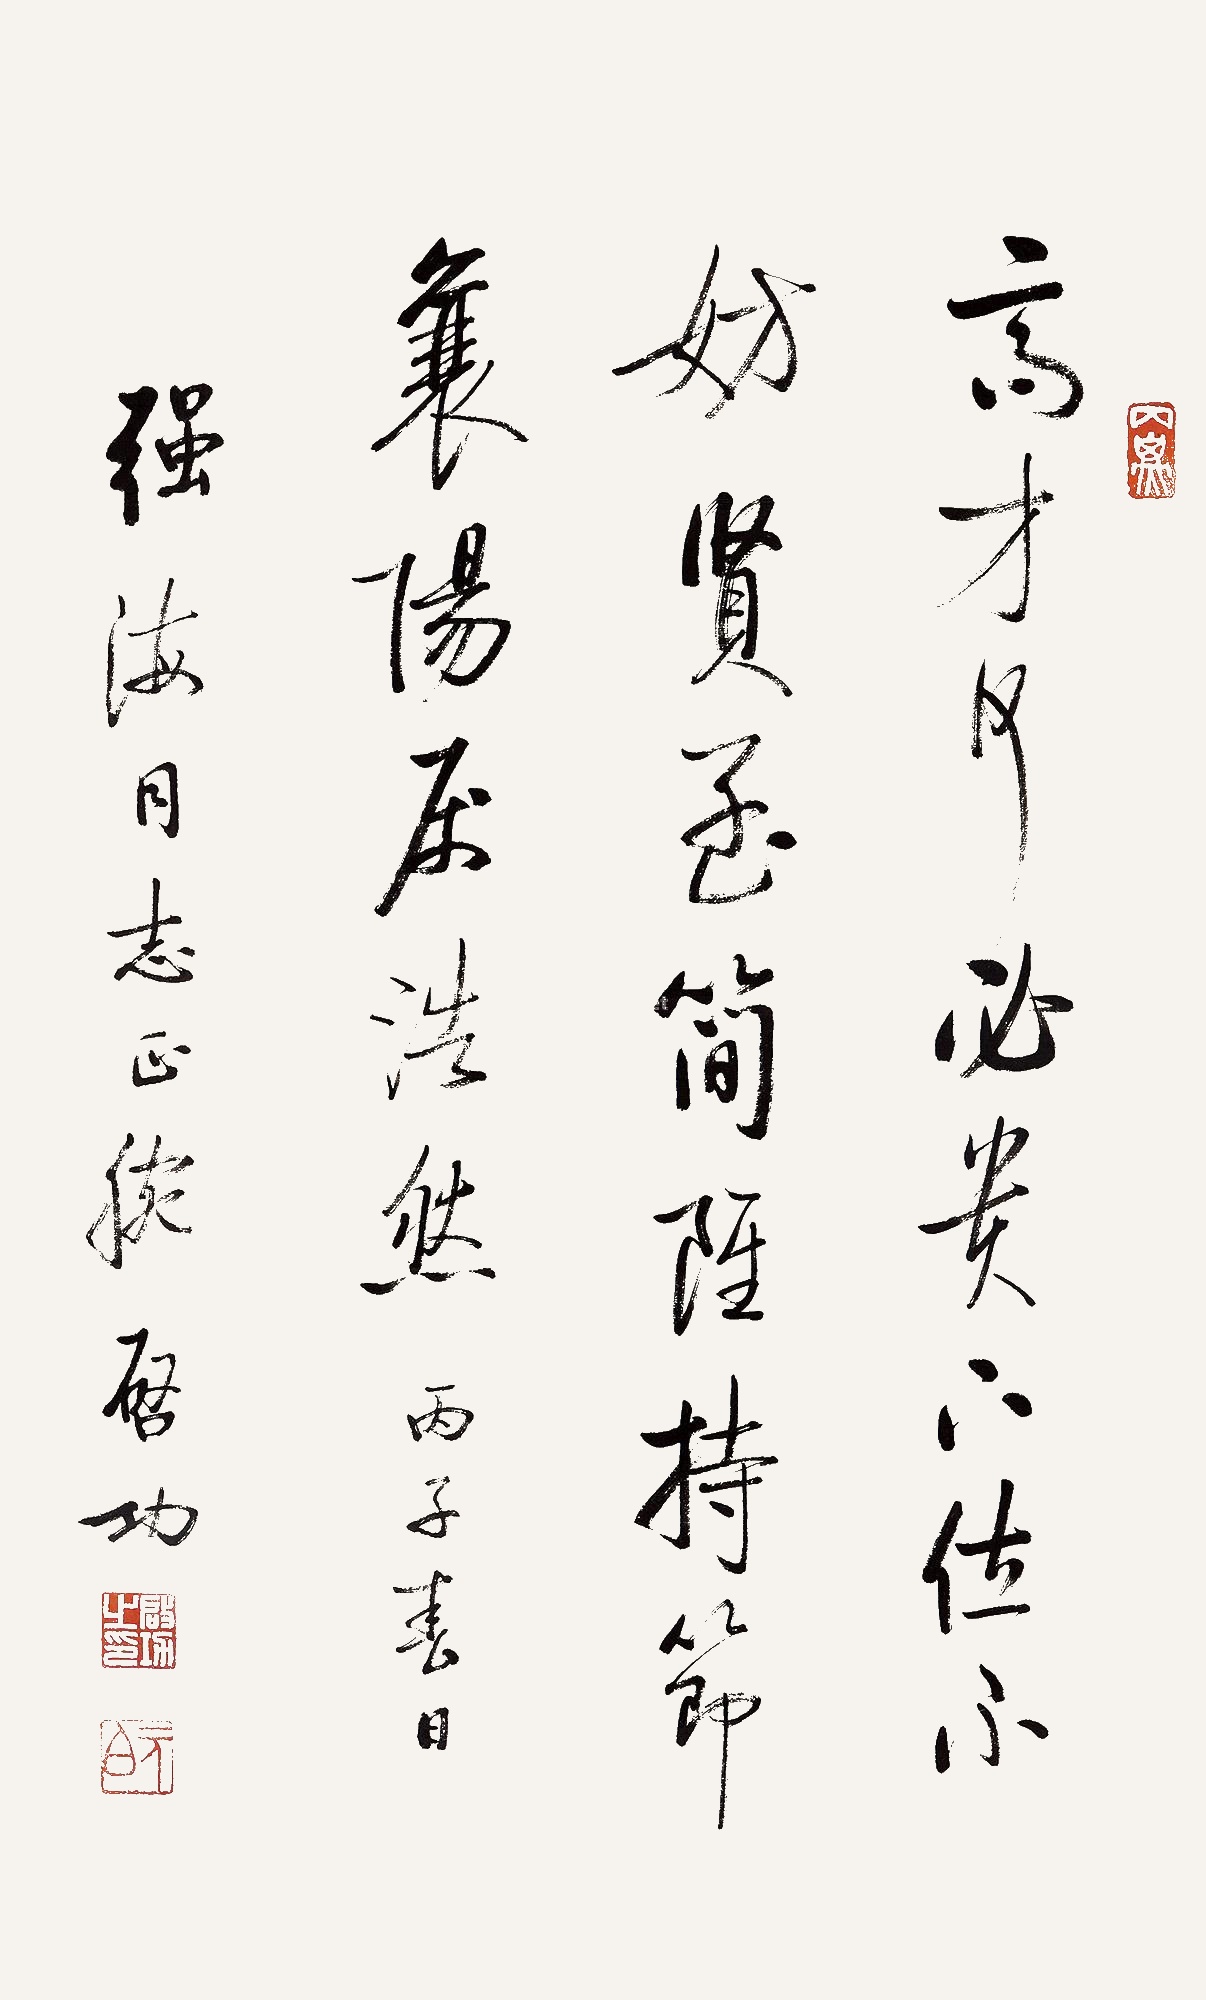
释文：高才何必贵，下位不妨贤。孟简虽持节，襄阳属浩然。丙子春日，强海同志正腕，启功。